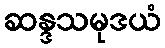
ဆန္ဒသမုဒယံ